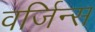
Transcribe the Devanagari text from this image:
वर्जिन्स